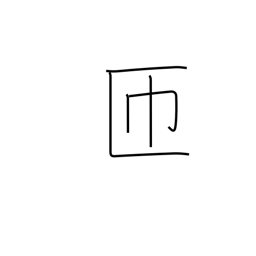
Meaning: go around